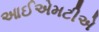
આઈએમટીએ